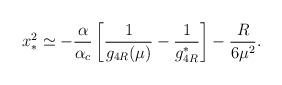
\begin{align*}x^2_{\ast} \simeq - {\frac{\alpha}{\alpha_c}} \left[{\frac{1}{g_{4R}(\mu)}}- {\frac{1}{g_{4R}^{\ast}}}\right] - {\frac{R}{6\mu^2}}.\end{align*}